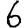
Digit: 6